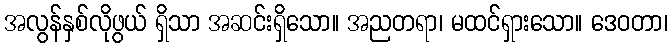
အလွန်နှစ်လိုဖွယ် ရှိသာ အဆင်းရှိသော။ အညတရာ၊ မထင်ရှားသော။ ဒေဝတာ၊